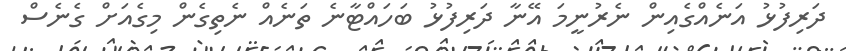
ދަރިފުޅު އަނެއްގެއިން ނެރުނީމަ އޭނާ ދަރިފުޅު ބަހައްޓާނެ ތަނެއް ނެތިގެން މިގެއަށް ގެނެސް